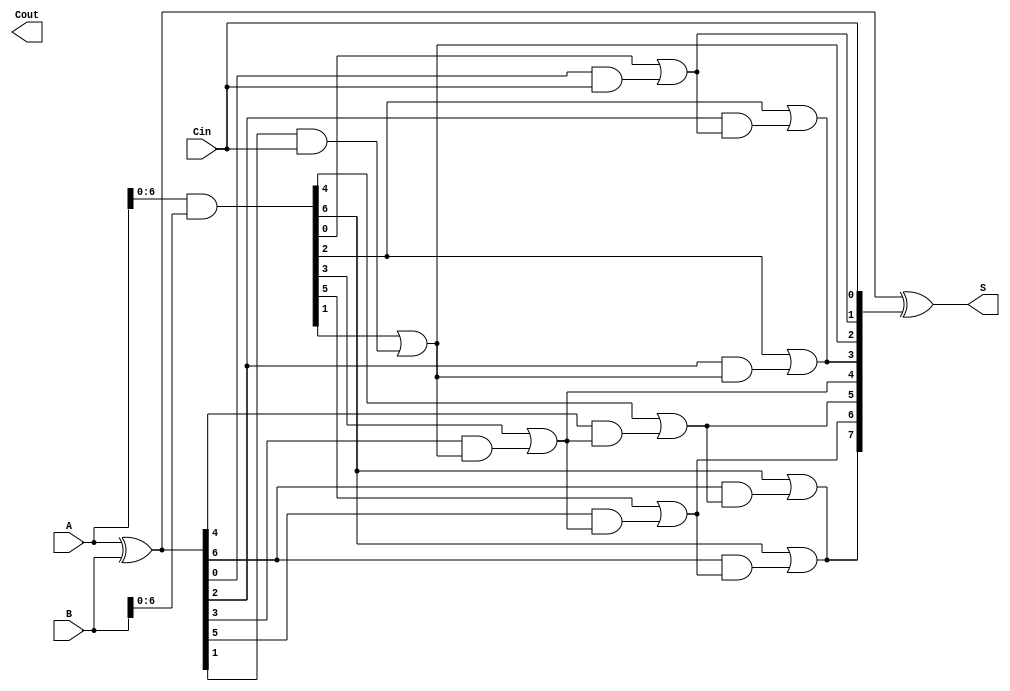
module Sklansky_Adder #(parameter n = 8) (
    input  [n-1:0] A,
    input  [n-1:0] B,
    input          Cin,
    output [n-1:0] S,
    output         Cout
);

    // Generate and Propagate signals
    wire [n-1:0] G; // Generate
    wire [n-1:0] P; // Propagate
    wire [n:0] C;   // Carry

    // Generate and Propagate calculations
    assign G = A & B;          // G[i] = A[i] & B[i]
    assign P = A ^ B;          // P[i] = A[i] ^ B[i]
    
    // Carry initialization
    assign C[0] = Cin;

    // Level 1: Pairwise carry generation
    genvar i;
    generate
        for (i = 0; i < n-1; i = i + 2) begin : level1
            assign C[i+1] = G[i] | (P[i] & C[i]);
            if (i+2 < n) begin
                assign C[i+2] = G[i+1] | (P[i+1] & C[i]);
            end
        end
    endgenerate

    // Level 2: Group of 4 carry generation
    generate
        for (i = 0; i < n; i = i + 4) begin : level2
            assign C[i+3] = G[i+2] | (P[i+2] & C[i+1]);
        end
    endgenerate

    // Level 3: Group of 8 carry generation
    generate
        for (i = 0; i < n; i = i + 8) begin : level3
            assign C[i+7] = G[i+6] | (P[i+6] & C[i+5]);
        end
    endgenerate

    // Final carry out
    assign Cout = C[n];

    // Sum calculation
    assign S = P ^ C[n-1:0]; // S[i] = P[i] ^ C[i-1]

endmodule